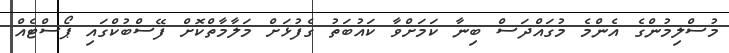
މުސްލިމުންގެ އެންމެ މުގައްދަސް ބިނާ ކަމަށްވާ ކައުބަތު ގެފުޅަށް މަލާމާތްކޮށް ފޭސްބުކްގައި ޕޯސްޓެއް